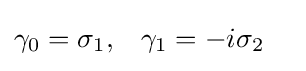
{\begin{aligned}\gamma _{0}&=\sigma _{1},&\gamma _{1}&=-i\sigma _{2}\end{aligned}}